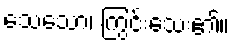
သေသော၊ ကြွင်းသေး၏။